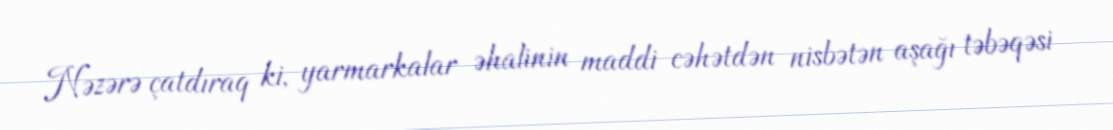
Nəzərə çatdıraq ki, yarmarkalar əhalinin maddi cəhətdən nisbətən aşağı təbəqəsi